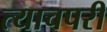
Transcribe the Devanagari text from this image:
त्याचपरी